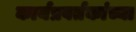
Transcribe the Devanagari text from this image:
कार्यप्रवर्तकांच्या